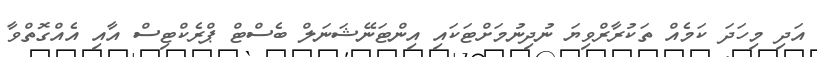
އަދި މިހަދަ ކަމެއް ތަކުރާރްވިޔަ ނުދިނުމަށްޓަކައި އިންޓަނޭޝަނަލް ބެސްޓް ޕްރެކްޓިސް އާއި އެއްގޮތްވާ